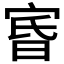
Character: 𡨩